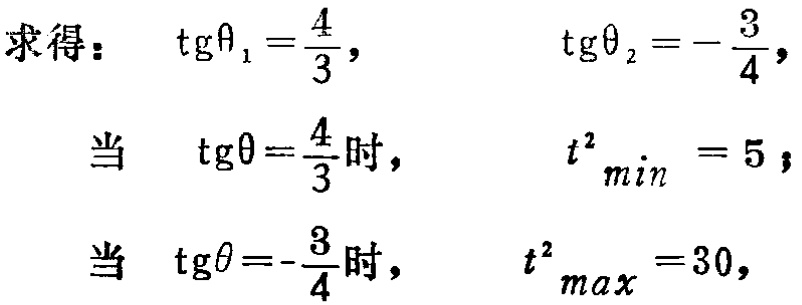
求得：\(\mathrm{tg}\theta_{1}=\frac{4}{3}\)，\(\mathrm{tg}\theta_{2}=-\frac{3}{4}\)，
当 \(\mathrm{tg}\theta=\frac{4}{3}\)时，\(t^{2}_{min}=5\)；
当 \(\mathrm{tg}\theta=-\frac{3}{4}\)时，\(t^{2}_{max}=30\)，